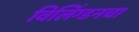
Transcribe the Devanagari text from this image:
विलिंग्डनचा